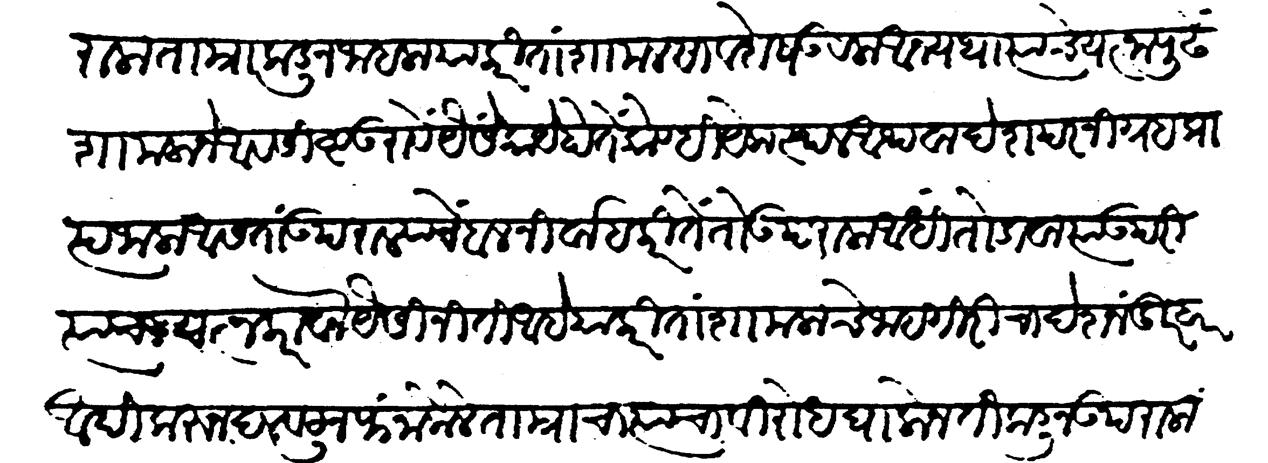
Transliteration (Devanagari): उपराला ताम्रांकडून जाहला याकरिता शामल सावशेष उरला. आन्यथा त्यांचे यत्नापुढें शामलाने आवशिष्ट उरावें यैसें काये होतें कोण्ही येकस्थळ आथवा देशपर निग्रह प्राप्त जाला आसतां उपराळ्याचे बल निर्वाह करिते तो उपराळा आधी तोडावा त्याउपरी त्याचा यत्न करावा यैसी नीति आहे याकरितां शामलाचे जाहगिरीचा देश नंदुरबार आदिकरुन दळवटून फंन्ना केला ताम्राचा त्याचा विरोध घालोन तिकडून उपराला